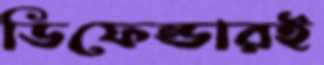
ডিফেন্ডারই